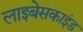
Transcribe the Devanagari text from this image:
लाइबेसकाइंड